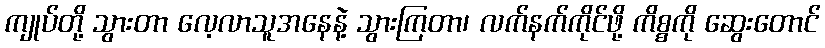
ကျုပ်တို့ သွားတာ လေ့လာသူအနေနဲ့ သွားကြတာ၊ လက်နက်ကိုင်ဖို့ ကိစ္စကို ဆွေးတောင်